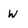
Character: W